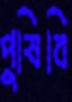
পুষিবি